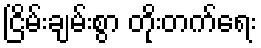
ငြိမ်းချမ်းစွာ တိုးတက်ရေး